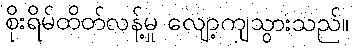
စိုးရိမ်ထိတ်လန့်မှု လျော့ကျသွားသည်။